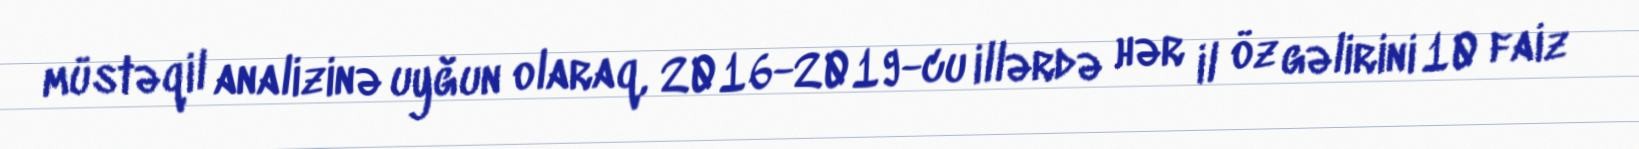
müstəqil analizinə uyğun olaraq, 2016-2019-cu illərdə hər il öz gəlirini 10 faiz